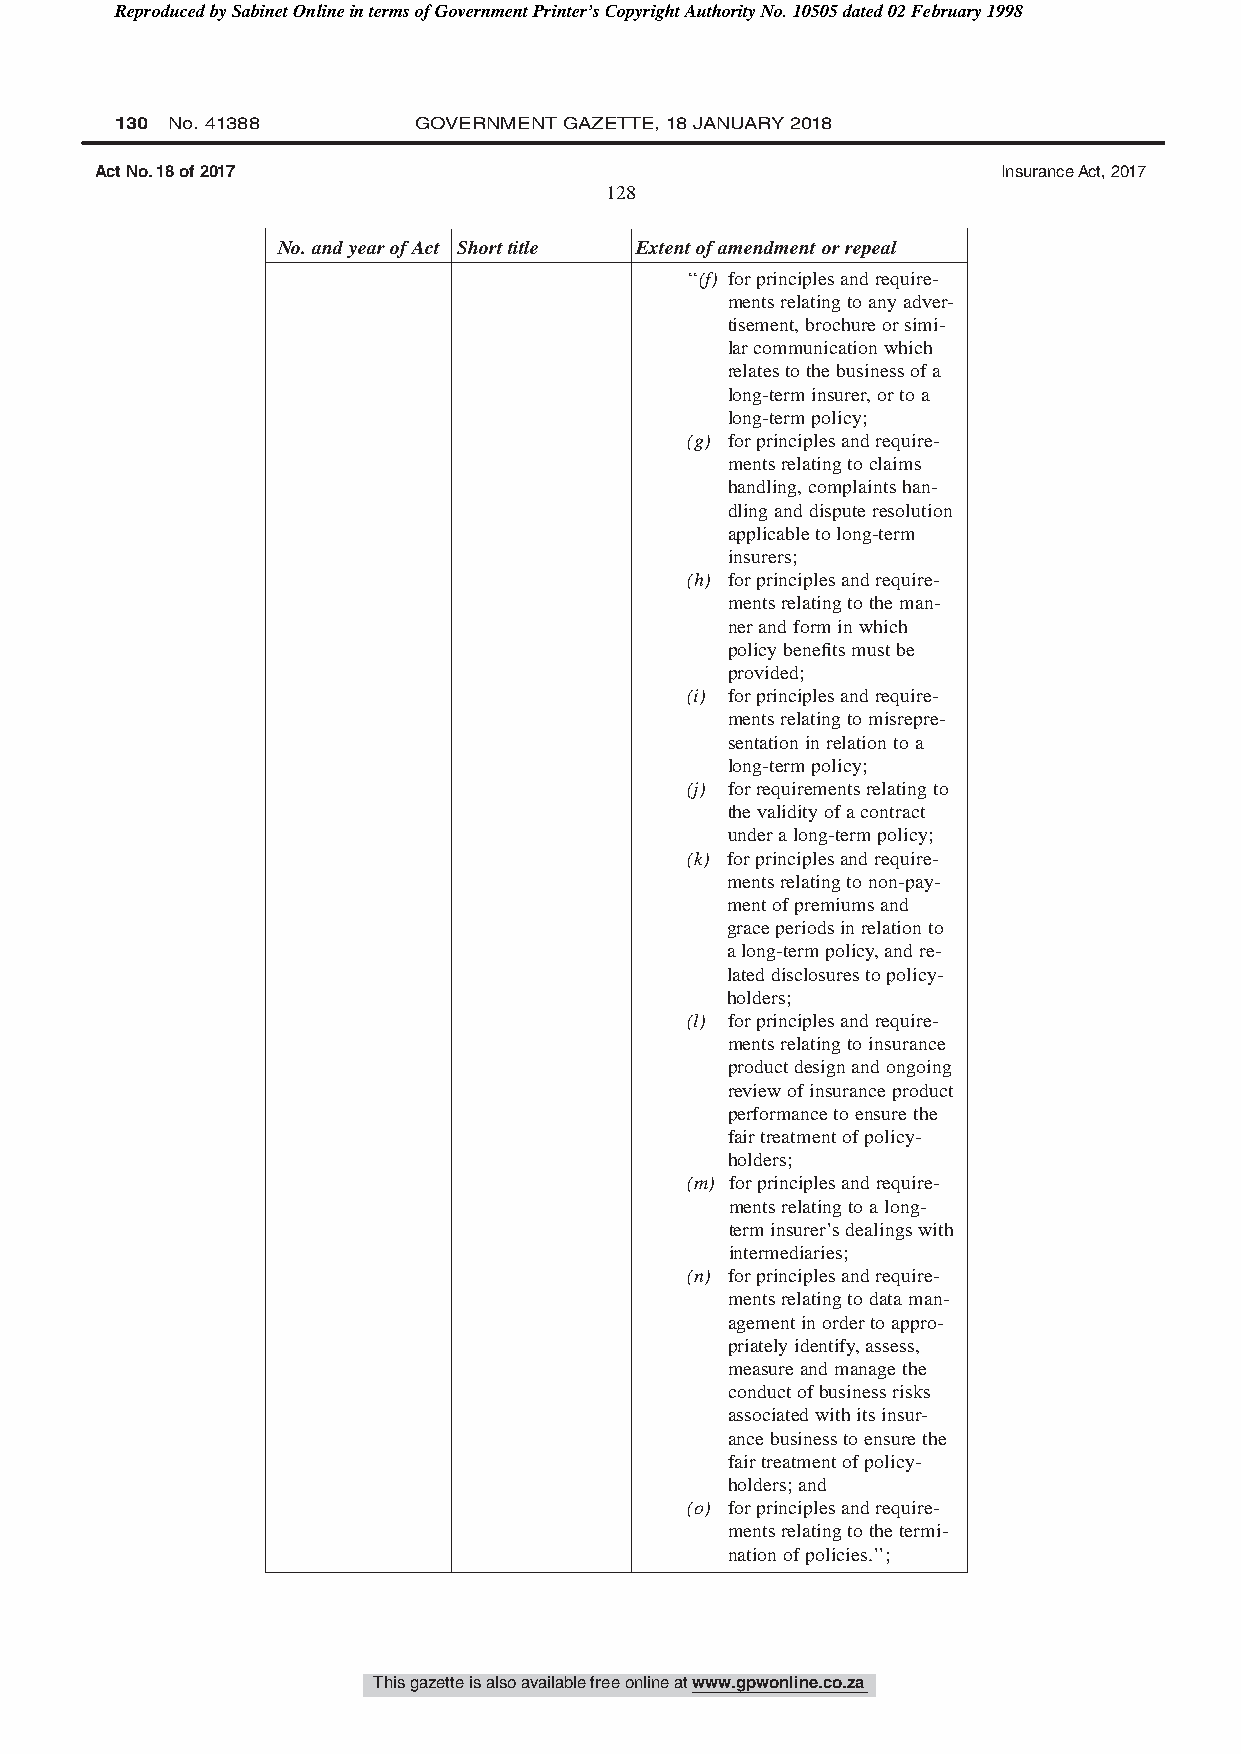
Reproduced by Sabinet Online in terms of Government Printer’s Copyright Authority No. 10505 dated 02 February 1998
 130 No. 41388      GOVERNMENT GAZETTE, 18 JANUARY 2018
 Act No. 18 of 2017                                          Insurance Act, 2017
 128
 No.andyearofAct Shorttitle Extentofamendmentorrepeal
 ‘‘(f) forprinciplesandrequire-
 mentsrelatingtoanyadver-
 tisement,brochureorsimi-
 larcommunicationwhich
 relatestothebusinessofa
 long-terminsurer,ortoa
 long-termpolicy;
 (g) forprinciplesandrequire-
 mentsrelatingtoclaims
 handling,complaintshan-
 dlinganddisputeresolution
 applicabletolong-term
 insurers;
 (h) forprinciplesandrequire-
 mentsrelatingtotheman-
 nerandforminwhich
 policybenefitsmustbe
 provided;
 (i) forprinciplesandrequire-
 mentsrelatingtomisrepre-
 sentationinrelationtoa
 long-termpolicy;
 (j) forrequirementsrelatingto
 thevalidityofacontract
 underalong-termpolicy;
 (k) forprinciplesandrequire-
 mentsrelatingtonon-pay-
 mentofpremiumsand
 graceperiodsinrelationto
 along-termpolicy,andre-
 lateddisclosurestopolicy-
 holders;
 (l) forprinciplesandrequire-
 mentsrelatingtoinsurance
 productdesignandongoing
 reviewofinsuranceproduct
 performancetoensurethe
 fairtreatmentofpolicy-
 holders;
 (m) forprinciplesandrequire-
 mentsrelatingtoalong-
 terminsurer’sdealingswith
 intermediaries;
 (n) forprinciplesandrequire-
 mentsrelatingtodataman-
 agementinordertoappro-
 priatelyidentify,assess,
 measureandmanagethe
 conductofbusinessrisks
 associatedwithitsinsur-
 ancebusinesstoensurethe
 fairtreatmentofpolicy-
 holders;and
 (o) forprinciplesandrequire-
 mentsrelatingtothetermi-
 nationofpolicies.’’;
 This gazette is also available free online at www.gpwonline.co.za